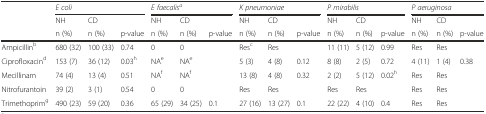
|  | <COLSPAN=3> E coli | <COLSPAN=3> E faecalisa | <COLSPAN=3> K pneumoniae | <COLSPAN=3> P mirabilis | <COLSPAN=3> P aeruginosa |
 |  | NH | CD |  | NH | CD |  | NH | CD |  | NH | CD |  | NH | CD |  |
 |  | n (%) | n (%) | p-value | n (%) | n (%) | p-value | n (%) | n (%) | p-value | n (%) | n (%) | p-value | n (%) | n (%) | p-value |
 | --- | --- | --- | --- | --- | --- | --- | --- | --- | --- | --- | --- | --- | --- | --- | --- |
 | Ampicillinb | 680 (32) | 100 (33) | 0.74 | 0 | 0 |  | Resc | Res |  | 11 (11) | 5 (12) | 0.99 | Res | Res |  |
 | Ciprofloxacind | 153 (7) | 36 (12) | 0.03h | NAe | NAe |  | 5 (3) | 4 (8) | 0.12 | 8 (8) | 2 (5) | 0.72 | 4 (11) | 1 (4) | 0.38 |
 | Mecillinam | 74 (4) | 13 (4) | 0.51 | NAf | NAf |  | 13 (8) | 4 (8) | 0.32 | 2 (2) | 5 (12) | 0.02h | Res | Res |  |
 | Nitrofurantoin | 39 (2) | 3 (1) | 0.54 | 0 | 0 |  | Res | Res |  | Res | Res |  | Res | Res |  |
 | Trimethoprimg | 490 (23) | 59 (20) | 0.36 | 65 (29) | 34 (25) | 0.1 | 27 (16) | 13 (27) | 0.1 | 22 (22) | 4 (10) | 0.4 | Res | Res |  |